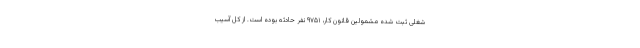
شغلی ثبت شده مشمولین قانون کار، ۹۷۵۱ نفر حادثه بوده است. از کل آسیب